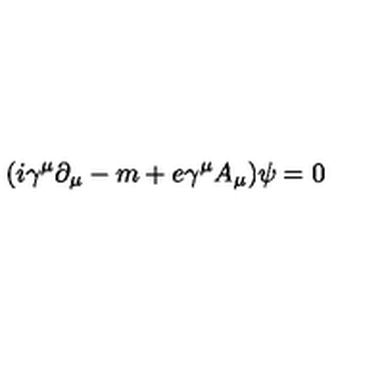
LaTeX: ( i \gamma ^ { \mu } \partial _ { \mu } - m + e \gamma ^ { \mu } A _ { \mu } ) \psi = 0